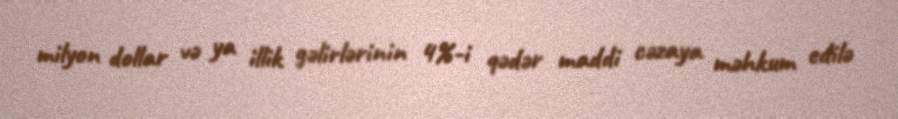
milyon dollar və ya illik gəlirlərinin 4%-i qədər maddi cəzaya məhkum edilə